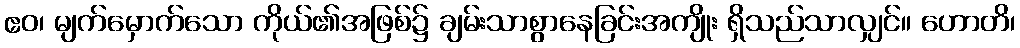
ဧဝ၊ မျက်မှောက်သော ကိုယ်၏အဖြစ်၌ ချမ်းသာစွာနေခြင်းအကျိုး ရှိသည်သာလျှင်။ ဟောတိ၊